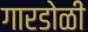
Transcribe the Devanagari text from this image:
गारडोळी